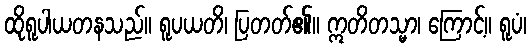
ထိုရူပါယတနသည်။ ရူပယတိ၊ ပြတတ်၏။ ဣတိတသ္မာ၊ ကြောင့်။ ရူပံ၊